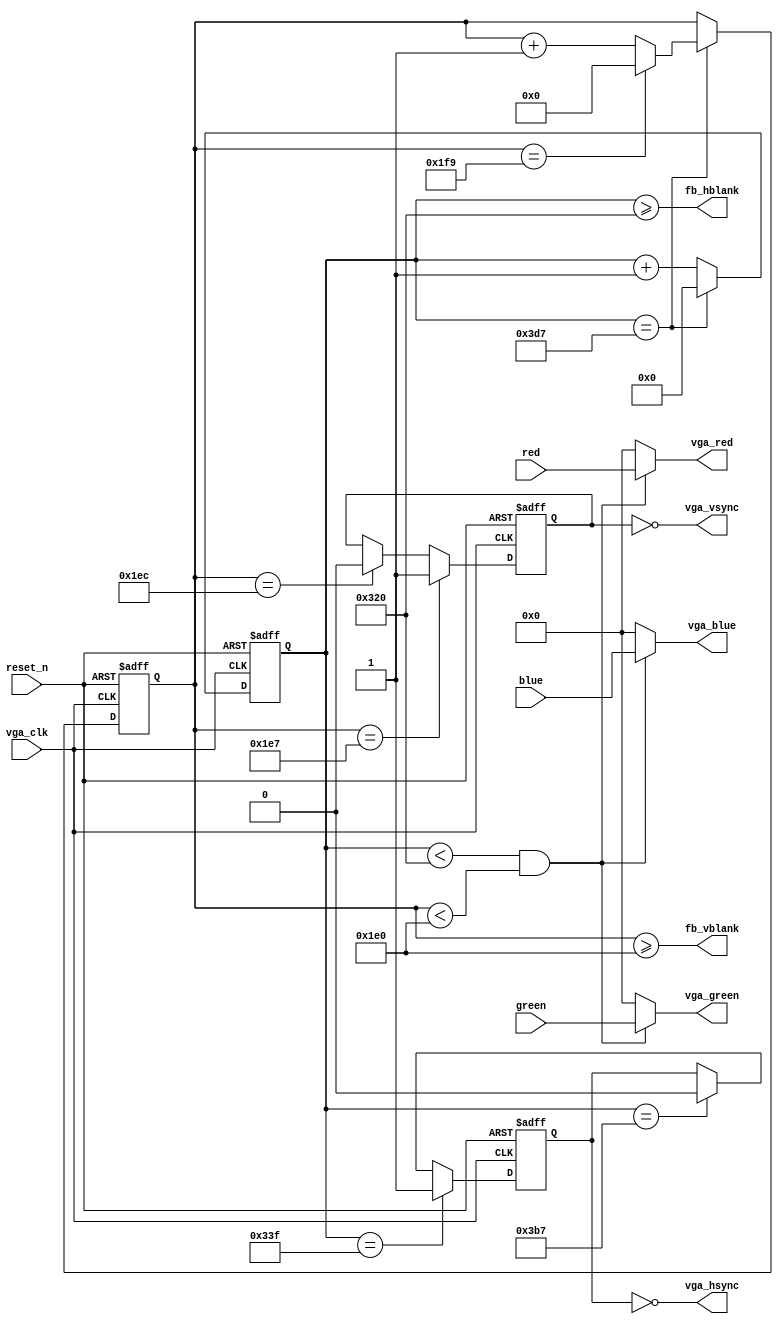
module vga_renderer
	#(parameter WIDTH = 800,          // Visible horizontal pixels
	            H_FRONT_PORCH = 32,   // hsync timing
					H_SYNC = 120,          // ..
					H_BACK_PORCH = 32,    // ..
					HEIGHT = 480,         // Visible vertical pixels
					V_FRONT_PORCH = 8,   // vsync timing
					V_SYNC = 5,           // ..
					V_BACK_PORCH = 13)    // ..
	(
	 // vga_clk needs to match your monitor and timing specifications
	 input vga_clk,
	 
	 // active low reset
	 input reset_n,
	 
	 // 8 bit color digital inputs
	 input [7:0] red,
	 input [7:0] green,
	 input [7:0] blue,
	 
	 // 8 bit color digital outputs
	 output [7:0] vga_red,
	 output [7:0] vga_green,
	 output [7:0] vga_blue,
	 
	 // vga sync signals
	 output vga_hsync,
	 output vga_vsync,
	 
	 // framebuffer signal - fb_vblank goes high when vsync starts and should be used to setup the frame buffer for the next render pass
	 // and the next pixel should be available every vga_clk when not in blanking (hblank or vblank)
	 // so you have (PIXELS_PER_LINE*(V_BACK_PORCH+V_SYNC+V_FRONT_PORCH)) vga clock cycles to prepare your framebuffer for reading
	 output fb_hblank,
	 output fb_vblank
	);
	
	localparam PIXELS_PER_LINE = WIDTH + H_BACK_PORCH + H_SYNC + H_FRONT_PORCH;
	localparam LINES_PER_FRAME = HEIGHT + V_BACK_PORCH + V_SYNC + V_FRONT_PORCH;
	
	localparam XBITS = $clog2(PIXELS_PER_LINE);
	localparam YBITS = $clog2(LINES_PER_FRAME);
	
	reg [XBITS-1:0] x_pos;
	wire x_max = (x_pos == (PIXELS_PER_LINE - 1));
	
	reg [YBITS-1:0] y_pos;
	wire y_max = (y_pos == (LINES_PER_FRAME - 1));
	
	reg hsync;
	assign vga_hsync = ~hsync;
	
	reg vsync;
	assign vga_vsync = ~vsync;
	
	assign fb_vblank = (y_pos >= HEIGHT);
	assign fb_hblank = (x_pos >= WIDTH);
	
	always @ (posedge vga_clk or negedge reset_n) begin
		if(~reset_n) begin
			x_pos <= 0;
			y_pos <= 0;
			hsync <= 1'b0;
			vsync <= 1'b0;
		end else begin
			if(x_max) begin
				x_pos <= 0;
				if(y_max) begin
					y_pos <= 0;
				end else begin
					y_pos <= y_pos + 1;
				end
			end else begin
				x_pos <= x_pos + 1;
			end
			
			if(x_pos == ((WIDTH + H_FRONT_PORCH) - 1)) hsync <= 1'b1;
			else if(x_pos == ((WIDTH + H_FRONT_PORCH + H_SYNC) - 1)) hsync <= 1'b0;
			
			if(y_pos == ((HEIGHT + V_FRONT_PORCH) - 1)) vsync <= 1'b1;
			else if(y_pos == ((HEIGHT + V_FRONT_PORCH + V_SYNC) - 1)) vsync <= 1'b0;
		end
	end

	assign vga_red = (x_pos < WIDTH && y_pos < HEIGHT) ? red : 8'b0;
	assign vga_green = (x_pos < WIDTH && y_pos < HEIGHT) ? green : 8'b0;
	assign vga_blue = (x_pos < WIDTH && y_pos < HEIGHT) ? blue : 8'b0;
	
endmodule